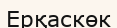
Ерқаскөк